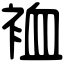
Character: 裇